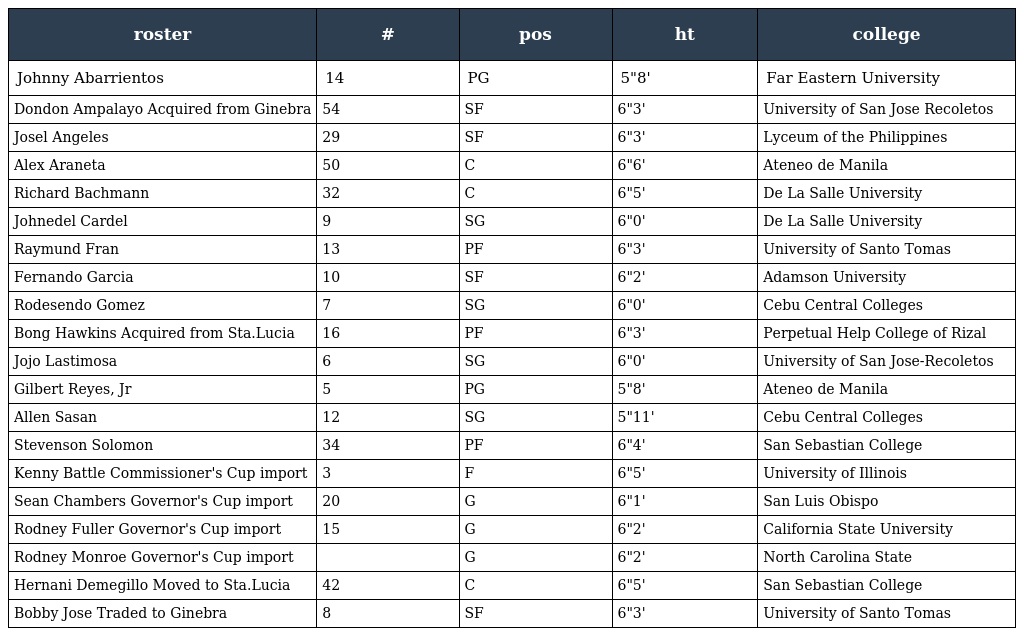
| roster | # | pos | ht | college |
 | --- | --- | --- | --- | --- |
 | Johnny Abarrientos | 14 | PG | 5"8' | Far Eastern University |
 | Dondon Ampalayo Acquired from Ginebra | 54 | SF | 6"3' | University of San Jose Recoletos |
 | Josel Angeles | 29 | SF | 6"3' | Lyceum of the Philippines |
 | Alex Araneta | 50 | C | 6"6' | Ateneo de Manila |
 | Richard Bachmann | 32 | C | 6"5' | De La Salle University |
 | Johnedel Cardel | 9 | SG | 6"0' | De La Salle University |
 | Raymund Fran | 13 | PF | 6"3' | University of Santo Tomas |
 | Fernando Garcia | 10 | SF | 6"2' | Adamson University |
 | Rodesendo Gomez | 7 | SG | 6"0' | Cebu Central Colleges |
 | Bong Hawkins Acquired from Sta.Lucia | 16 | PF | 6"3' | Perpetual Help College of Rizal |
 | Jojo Lastimosa | 6 | SG | 6"0' | University of San Jose-Recoletos |
 | Gilbert Reyes, Jr | 5 | PG | 5"8' | Ateneo de Manila |
 | Allen Sasan | 12 | SG | 5"11' | Cebu Central Colleges |
 | Stevenson Solomon | 34 | PF | 6"4' | San Sebastian College |
 | Kenny Battle Commissioner's Cup import | 3 | F | 6"5' | University of Illinois |
 | Sean Chambers Governor's Cup import | 20 | G | 6"1' | San Luis Obispo |
 | Rodney Fuller Governor's Cup import | 15 | G | 6"2' | California State University |
 | Rodney Monroe Governor's Cup import |  | G | 6"2' | North Carolina State |
 | Hernani Demegillo Moved to Sta.Lucia | 42 | C | 6"5' | San Sebastian College |
 | Bobby Jose Traded to Ginebra | 8 | SF | 6"3' | University of Santo Tomas |